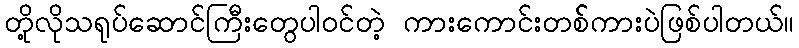
တို့လိုသရုပ်ဆောင်ကြီးတွေပါဝင်တဲ့ ကားကောင်းတစ််ကားပဲဖြစ်ပါတယ်။